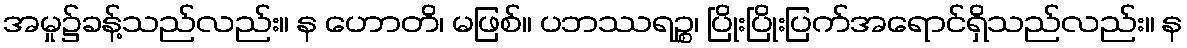
အမှု၌ခန့်သည်လည်း။ န ဟောတိ၊ မဖြစ်။ ပဘဿရဉ္စ၊ ပြိုးပြိုးပြက်အရောင်ရှိသည်လည်း။ န